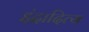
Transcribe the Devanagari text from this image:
इंद्रादित्य